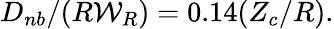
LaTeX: {D_{nb}}/(R{\mathcal{W}}_{R})=0.14(Z_{c}/R).